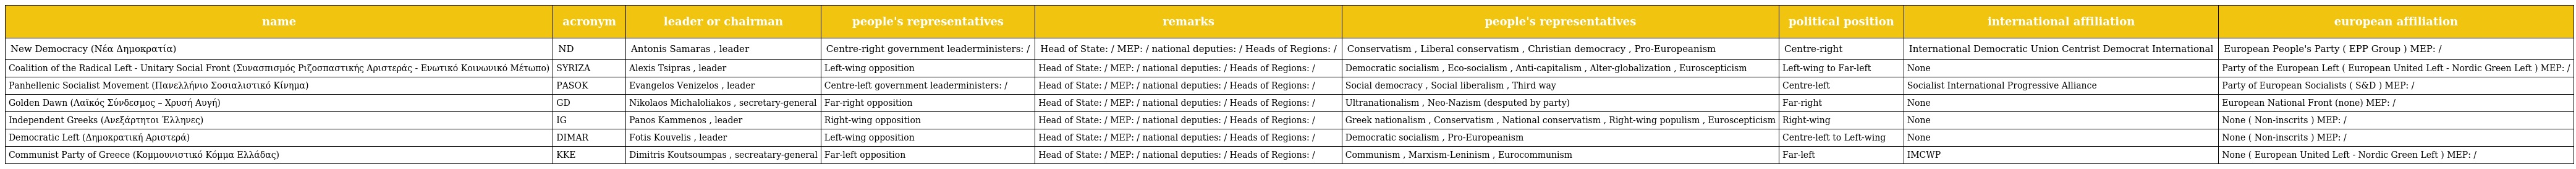
| name | acronym | leader or chairman | people's representatives | remarks | people's representatives | political position | international affiliation | european affiliation |
 | --- | --- | --- | --- | --- | --- | --- | --- | --- |
 | New Democracy (Νέα Δημοκρατία) | ND | Antonis Samaras , leader | Centre-right government leaderministers: / | Head of State: / MEP: / national deputies: / Heads of Regions: / | Conservatism , Liberal conservatism , Christian democracy , Pro-Europeanism | Centre-right | International Democratic Union Centrist Democrat International | European People's Party ( EPP Group ) MEP: / |
 | Coalition of the Radical Left - Unitary Social Front (Συνασπισμός Ριζοσπαστικής Αριστεράς - Ενωτικό Κοινωνικό Μέτωπο) | SYRIZA | Alexis Tsipras , leader | Left-wing opposition | Head of State: / MEP: / national deputies: / Heads of Regions: / | Democratic socialism , Eco-socialism , Anti-capitalism , Alter-globalization , Euroscepticism | Left-wing to Far-left | None | Party of the European Left ( European United Left - Nordic Green Left ) MEP: / |
 | Panhellenic Socialist Movement (Πανελλήνιο Σοσιαλιστικό Κίνημα) | PASOK | Evangelos Venizelos , leader | Centre-left government leaderministers: / | Head of State: / MEP: / national deputies: / Heads of Regions: / | Social democracy , Social liberalism , Third way | Centre-left | Socialist International Progressive Alliance | Party of European Socialists ( S&D ) MEP: / |
 | Golden Dawn (Λαϊκός Σύνδεσμος – Χρυσή Αυγή) | GD | Nikolaos Michaloliakos , secretary-general | Far-right opposition | Head of State: / MEP: / national deputies: / Heads of Regions: / | Ultranationalism , Neo-Nazism (desputed by party) | Far-right | None | European National Front (none) MEP: / |
 | Independent Greeks (Ανεξάρτητοι Έλληνες) | IG | Panos Kammenos , leader | Right-wing opposition | Head of State: / MEP: / national deputies: / Heads of Regions: / | Greek nationalism , Conservatism , National conservatism , Right-wing populism , Euroscepticism | Right-wing | None | None ( Non-inscrits ) MEP: / |
 | Democratic Left (Δημοκρατική Αριστερά) | DIMAR | Fotis Kouvelis , leader | Left-wing opposition | Head of State: / MEP: / national deputies: / Heads of Regions: / | Democratic socialism , Pro-Europeanism | Centre-left to Left-wing | None | None ( Non-inscrits ) MEP: / |
 | Communist Party of Greece (Κομμουνιστικό Κόμμα Ελλάδας) | KKE | Dimitris Koutsoumpas , secreatary-general | Far-left opposition | Head of State: / MEP: / national deputies: / Heads of Regions: / | Communism , Marxism-Leninism , Eurocommunism | Far-left | IMCWP | None ( European United Left - Nordic Green Left ) MEP: / |